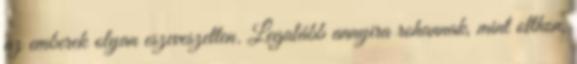
az emberek olyan eszeveszetten. Legalább annyira rohannak, mint otthon,